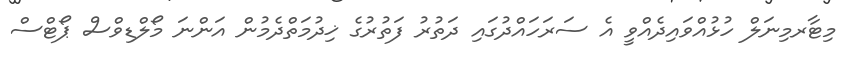
މިޓާރމިނަލް ހުޅުއްވައިދެއްވީ އެ ސަރަހައްދުގައި ދަތުރު ފަތުރުގެ ޚިދުމަތްދެމުން އަންނަ މޯލްޑިވްސް ޕޯޓްސް